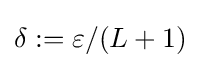
\delta :=\varepsilon /(L+1)